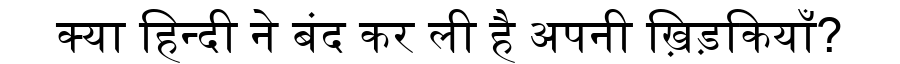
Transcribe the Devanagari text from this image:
क्या हिन्दी ने बंद कर ली है अपनी ख़िड़कियाँ?